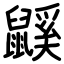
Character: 鼷